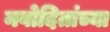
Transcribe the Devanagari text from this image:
नवोदितांच्या